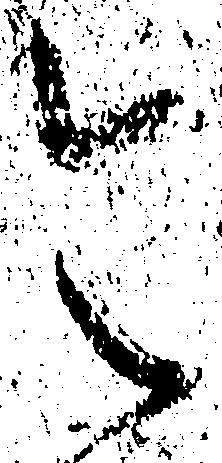
令